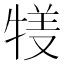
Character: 𤚇